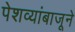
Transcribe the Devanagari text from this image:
पेशव्यांबाजूने